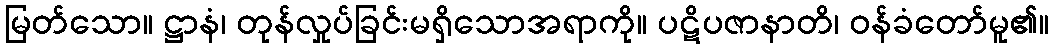
မြတ်သော။ ဋ္ဌာနံ၊ တုန်လှုပ်ခြင်းမရှိသောအရာကို။ ပဋိပဇာနာတိ၊ ဝန်ခံတော်မူ၏။